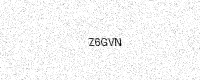
Text: Z6GVN